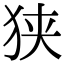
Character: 狭